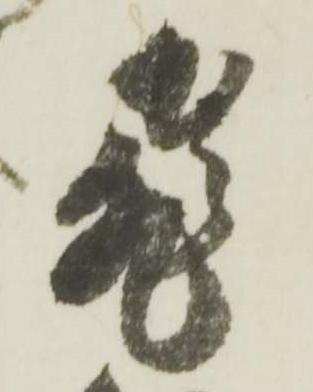
飛